Annual administration and progress report of the Indian Medical Department, Bombay
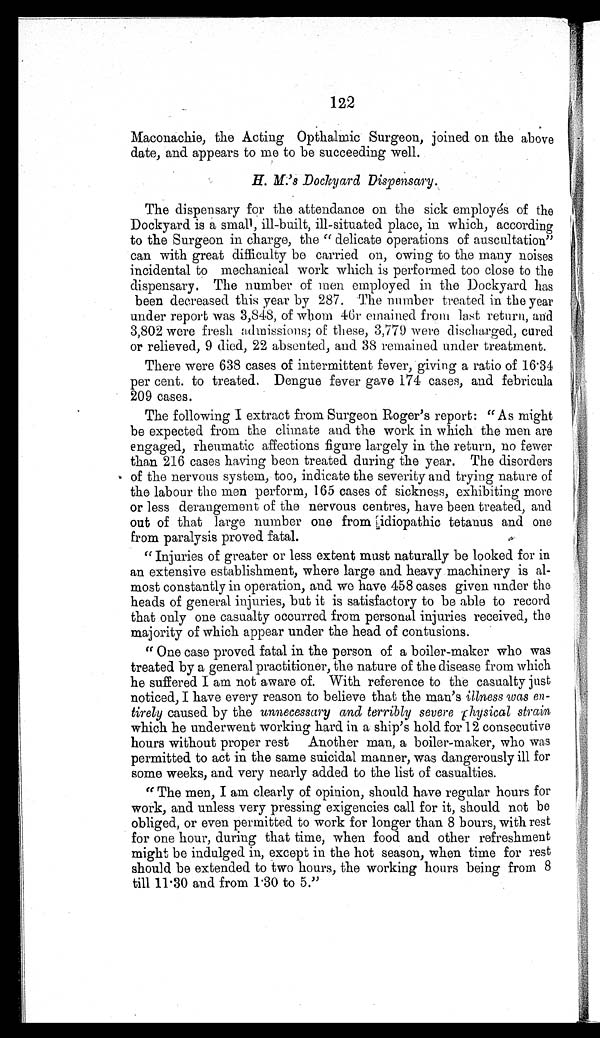
122
Maconachie, the Acting Opthalmic Surgeon, joined on the above
date, and appears to me to be succeeding well.
H. M.'s Dockyard Dispensary .
The dispensary for the attendance on the sick employés of the
Dockyard is a small, ill-built, ill-situated place, in which, according
to the Surgeon in charge, the "delicate operations of auscultation"
can with great difficulty be carried on, owing to the many noises
incidental to mechanical work which is performed too close to the
dispensary. The number of men employed in the Dockyard has
been decreased this year by 287. The number treated in the year
under report was 3,848, of whom 46r emained from last return, and
3,802 were fresh admissions; of these, 3,779 were discharged, cured
or relieved, 9 died, 22 absented, and 38 remained under treatment.
There were 638 cases of intermittent fever, giving a ratio of 16.34
per cent. to treated. Dengue fever gave 174 cases, and febricula
209 cases.
The following I extract from Surgeon Roger's report: "As might
be expected from the climate and the work in which the men are
engaged, rheumatic affections figure largely in the return, no fewer
than 216 cases having been treated during the year. The disorders
of the nervous system, too, indicate the severity and trying nature of
the labour the men perform, 165 cases of sickness, exhibiting more
or less derangement of the nervous centres, have been treated, and
out of that large number one from idiopathic tetanus and one
from paralysis proved fatal.
"Injuries of greater or less extent must naturally be looked for in
an extensive establishment, where large and heavy machinery is al-
most constantly in operation, and we have 458 cases given under the
heads of general injuries, but it is satisfactory to be able to record
that only one casualty occurred from personal injuries received, the
majority of which appear under the head of contusions.
"One case proved fatal in the person of a boiler-maker who was
treated by a general practitioner, the nature of the disease from which
he suffered I am not aware of. With reference to the casualty just
noticed, I have every reason to believe that the man's illness was en -
tirely caused by the unnecessary and terribly severe physical strain
which he underwent working hard in a ship's hold for 12 consecutive
hours without proper rest Another man, a boiler-maker, who was
permitted to act in the same suicidal manner, was dangerously ill for
some weeks, and very nearly added to the list of casualties.
"The men, I am clearly of opinion, should have regular hours for
work, and unless very pressing exigencies call for it, should not be
obliged, or even permitted to work for longer than 8 hours, with rest
for one hour, during that time, when food and other refreshment
might be indulged in, except in the hot season, when time for rest
should be extended to two hours, the working hours being from 8
till 11.30 and from 1.30 to 5."